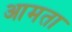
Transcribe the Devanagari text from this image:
आमता